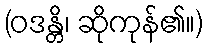
(ဝဒန္တိ၊ ဆိုကုန်၏။)